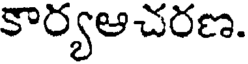
కార్యఆచరణ.